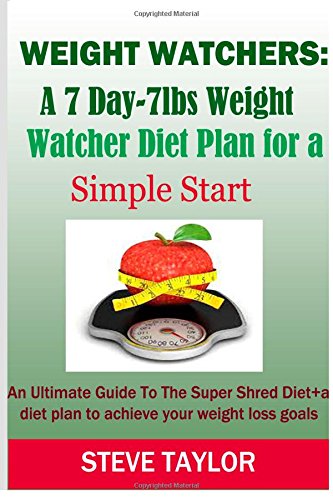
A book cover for Weight Watchers: A 7-Day-7lbs Weight Watcher Diet Plan For a Simple Start: An Ultimate guide to the super shred diet plus a diet plan to achieve your weight loss goals; Steve Taylor; Health, Fitness & Dieting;